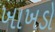
ખાખડો